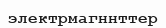
электрмагннттер